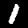
Digit: 1